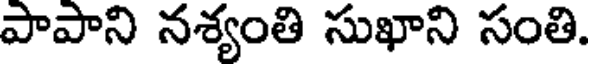
పాపాని నశ్యంతి సుఖాని సంతి.